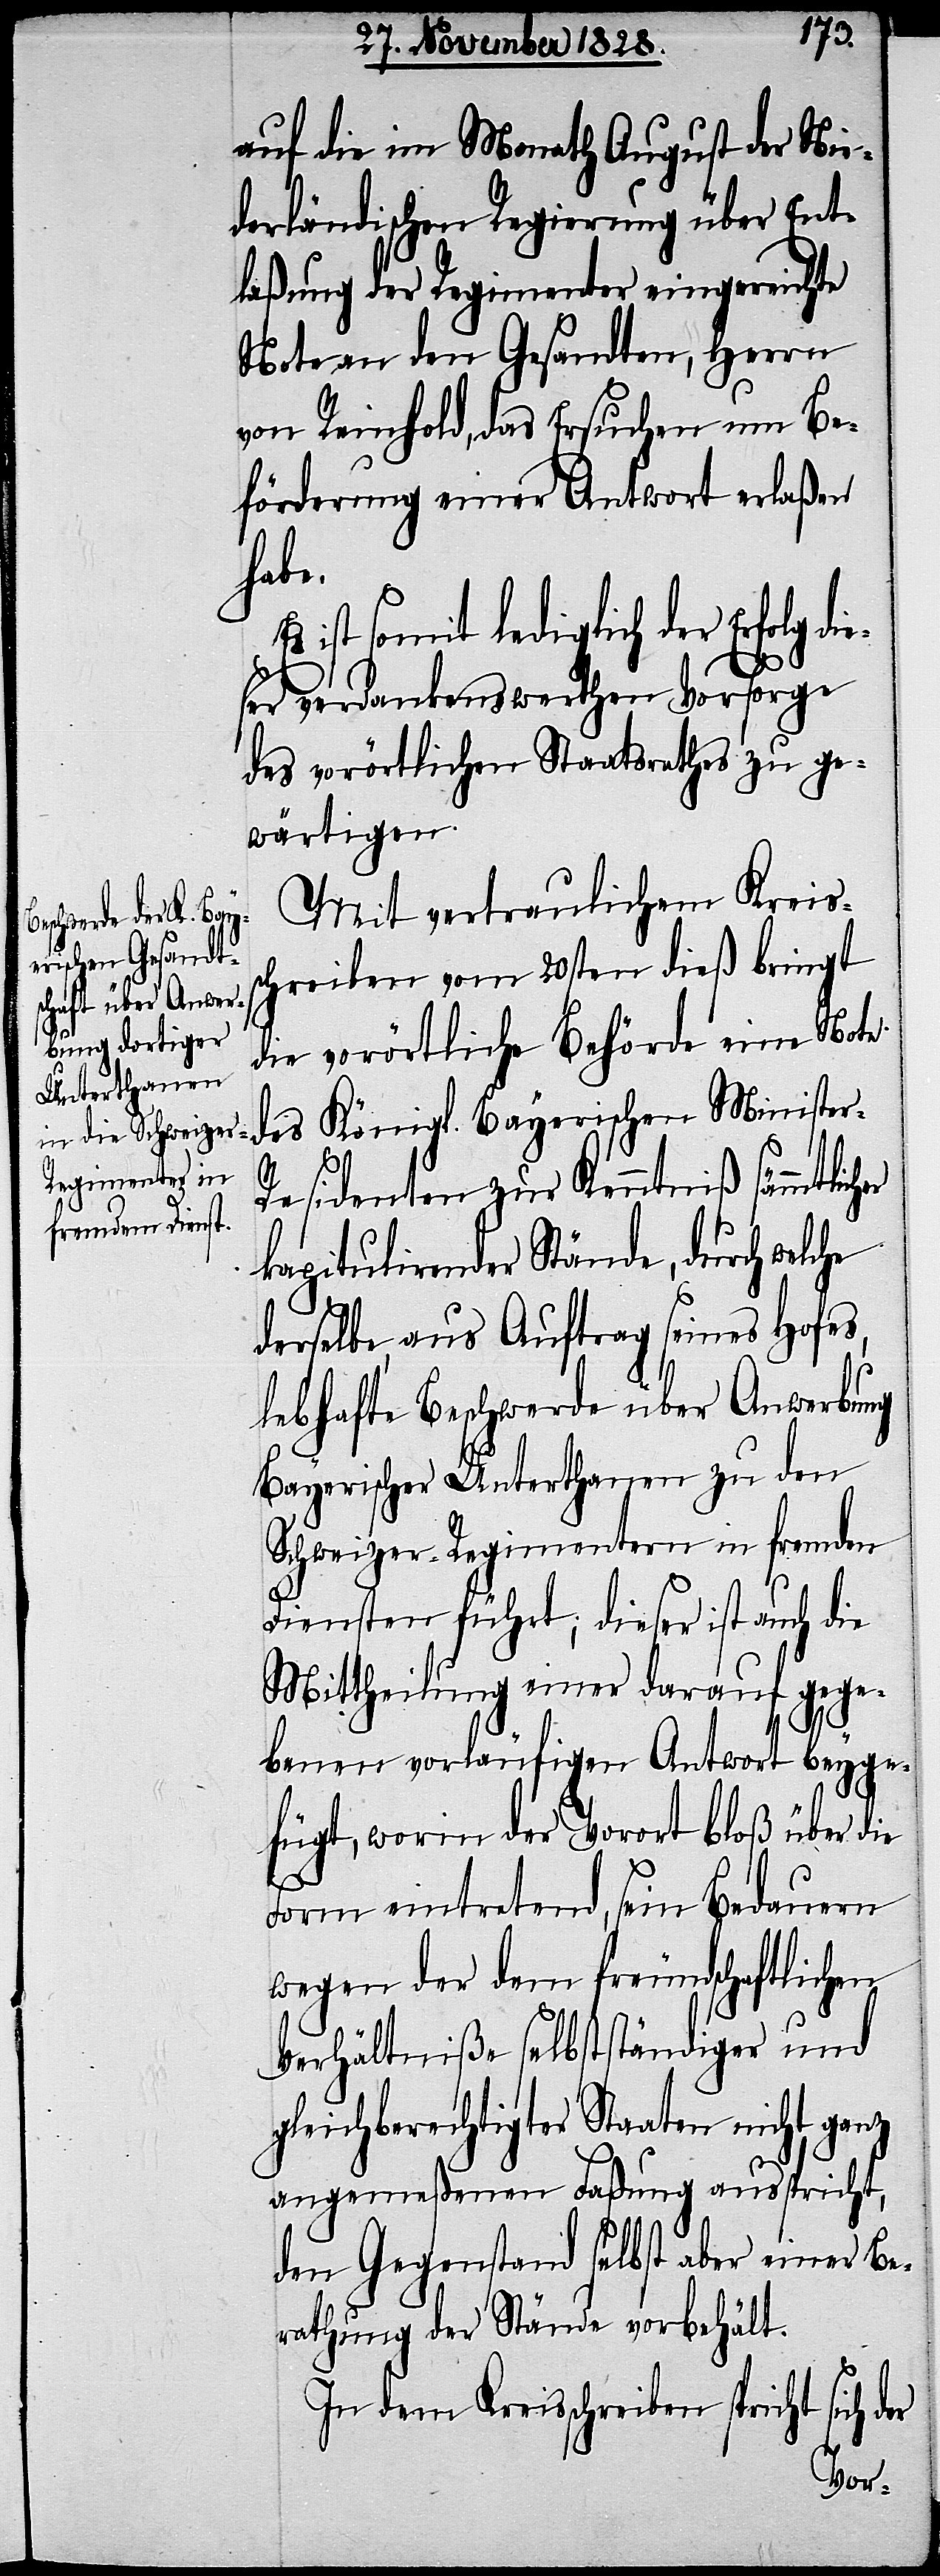
auf die im Monath August der Nie¬
derländischen Regierung über Ent¬
laßung der Regimenter eingereichte
Note an den Gesandten, Herrn
von Reinhold, das Ersuchen um Be¬
förderung einer Antwort erlaßen
habe.
ist somit lediglich der Erfolg d¬
ser verdankenswerthen Vorsorge
des vorörtlichen Staatsrathes zu ge¬
wärtigen.
Mit vertraulichem Kreis¬
schreiben vom 20sten dieß bringt
die vorörtliche Behörde eine Note
des Königl. Bayerischen Minister-R¬
esidenten zur Kenntniß sämmtlich¬
kapitulirender Stände, durch welche
derselbe, aus Auftrag seines Hofes,
lebhafte Beschwerde über Anwerbung
Bayerischer Unterthanen zu den
Schweizer-Regimentern in fremden
er
Diensten führt; dieser ist auch die
Mittheilung einer darauf gege¬
benen vorläufigen Antwort beyge¬
fügt, worin der Vorort bloß über die
Form eintretend, sein Bedauern
wegen der dem freundschaftlichen
Verhältniße selbstständiger und
gleichberechtigter Staaten nicht ganz
angemeßenen Faßung ausspricht,
den Gegenstand selbst aber einer Be¬
rathung der Stände vorbehält.
In dem Kreisschreiben spricht sich d¬